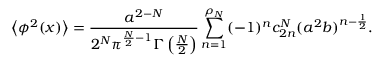
\left< \phi ^ { 2 } ( x ) \right> = { \frac { a ^ { 2 - N } } { 2 ^ { N } \pi ^ { \frac N 2 - 1 } \Gamma \left( \frac N 2 \right) } } \sum _ { n = 1 } ^ { \rho _ { N } } ( - 1 ) ^ { n } c _ { 2 n } ^ { N } ( a ^ { 2 } b ) ^ { n - \frac 1 2 } .